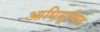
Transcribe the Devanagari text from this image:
आधिसूचित